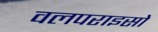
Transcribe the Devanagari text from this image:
वलपराइसो